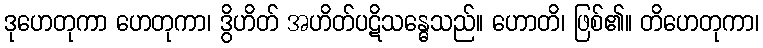
ဒုဟေတုကာ ဟေတုကာ၊ ဒွိဟိတ် အဟိတ်ပဋိသန္ဓေသည်။ ဟောတိ၊ ဖြစ်၏။ တိဟေတုကာ၊